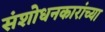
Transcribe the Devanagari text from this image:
संशोधनकारांच्या